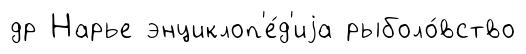
др Нарье энциклоп'е́д'иjа рыболо́вство